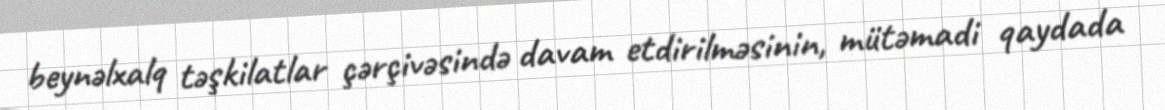
beynəlxalq təşkilatlar çərçivəsində davam etdirilməsinin, mütəmadi qaydada